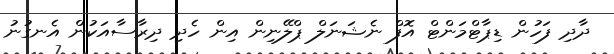
ދާދި ފަހުން ޑިޕާޓްމަންޓް އޮފް ނެޝަނަލް ޕްލޭނިން އިން ހެދި ދިރާސާއަކުން އެނގުނު